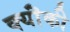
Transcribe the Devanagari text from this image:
क्यॊंकी